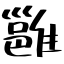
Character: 雝